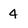
Character: 4